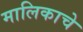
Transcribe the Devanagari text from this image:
मालिकाचे